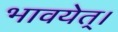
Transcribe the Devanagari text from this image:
भावयेत्‌।